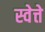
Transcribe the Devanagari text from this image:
स्वेत्ते